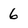
Character: 6